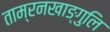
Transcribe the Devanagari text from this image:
ताम्रनखाङ्गुलि